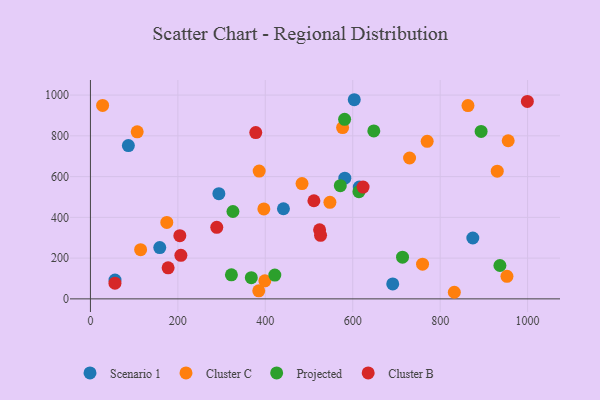
{"axis": {"x": "Experience", "y": "Salary"}, "legend": ["Cluster B", "Cluster C", "Projected", "Scenario 1"], "data": [{"x": "581.9", "y": 592.2, "type": "Scenario 1"}, {"x": "691.5", "y": 73.4, "type": "Scenario 1"}, {"x": "158.6", "y": 251.6, "type": "Scenario 1"}, {"x": "441.5", "y": 442.3, "type": "Scenario 1"}, {"x": "56.2", "y": 92.3, "type": "Scenario 1"}, {"x": "293.8", "y": 516.1, "type": "Scenario 1"}, {"x": "86.8", "y": 752.3, "type": "Scenario 1"}, {"x": "615.1", "y": 548.5, "type": "Scenario 1"}, {"x": "603.5", "y": 977.3, "type": "Scenario 1"}, {"x": "874.7", "y": 298.7, "type": "Scenario 1"}, {"x": "759.7", "y": 170.3, "type": "Cluster C"}, {"x": "385.0", "y": 39.3, "type": "Cluster C"}, {"x": "547.8", "y": 473.7, "type": "Cluster C"}, {"x": "396.7", "y": 441.4, "type": "Cluster C"}, {"x": "952.8", "y": 110.6, "type": "Cluster C"}, {"x": "863.6", "y": 948.7, "type": "Cluster C"}, {"x": "107.0", "y": 819.7, "type": "Cluster C"}, {"x": "955.6", "y": 775.9, "type": "Cluster C"}, {"x": "730.0", "y": 691.2, "type": "Cluster C"}, {"x": "832.4", "y": 32.3, "type": "Cluster C"}, {"x": "576.8", "y": 840.8, "type": "Cluster C"}, {"x": "386.0", "y": 627.3, "type": "Cluster C"}, {"x": "770.3", "y": 772.9, "type": "Cluster C"}, {"x": "114.8", "y": 241.2, "type": "Cluster C"}, {"x": "174.7", "y": 375.3, "type": "Cluster C"}, {"x": "399.0", "y": 88.7, "type": "Cluster C"}, {"x": "484.0", "y": 565.7, "type": "Cluster C"}, {"x": "27.9", "y": 949.2, "type": "Cluster C"}, {"x": "930.6", "y": 626.7, "type": "Cluster C"}, {"x": "648.2", "y": 824.0, "type": "Projected"}, {"x": "421.8", "y": 116.6, "type": "Projected"}, {"x": "326.0", "y": 428.7, "type": "Projected"}, {"x": "322.5", "y": 118.1, "type": "Projected"}, {"x": "713.9", "y": 204.8, "type": "Projected"}, {"x": "936.7", "y": 163.6, "type": "Projected"}, {"x": "368.0", "y": 103.9, "type": "Projected"}, {"x": "614.2", "y": 526.0, "type": "Projected"}, {"x": "571.6", "y": 555.7, "type": "Projected"}, {"x": "581.4", "y": 881.1, "type": "Projected"}, {"x": "893.7", "y": 821.9, "type": "Projected"}, {"x": "289.0", "y": 351.0, "type": "Cluster B"}, {"x": "56.1", "y": 77.0, "type": "Cluster B"}, {"x": "511.2", "y": 481.4, "type": "Cluster B"}, {"x": "524.2", "y": 338.7, "type": "Cluster B"}, {"x": "206.9", "y": 213.6, "type": "Cluster B"}, {"x": "999.5", "y": 968.8, "type": "Cluster B"}, {"x": "623.7", "y": 548.6, "type": "Cluster B"}, {"x": "177.7", "y": 152.4, "type": "Cluster B"}, {"x": "526.4", "y": 311.7, "type": "Cluster B"}, {"x": "204.5", "y": 309.9, "type": "Cluster B"}, {"x": "378.2", "y": 815.9, "type": "Cluster B"}]}